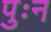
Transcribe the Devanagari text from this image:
पुःन